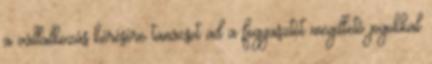
a vállalkozás kérésére tanácsot ad a fogyasztót megillető jogokkal